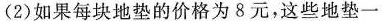
(2)如果每块地垫的价格为8元，这些地垫一